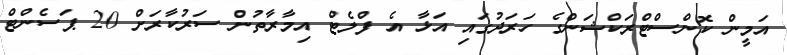
އަމީން ކޮންސްޓްރަކްޝަންގެ ހަރަދުގައި އަޅާ އެ ފްލެޓް އިމާރާތުން ސަރުކާރަށް 20 ޕަސެންޓް